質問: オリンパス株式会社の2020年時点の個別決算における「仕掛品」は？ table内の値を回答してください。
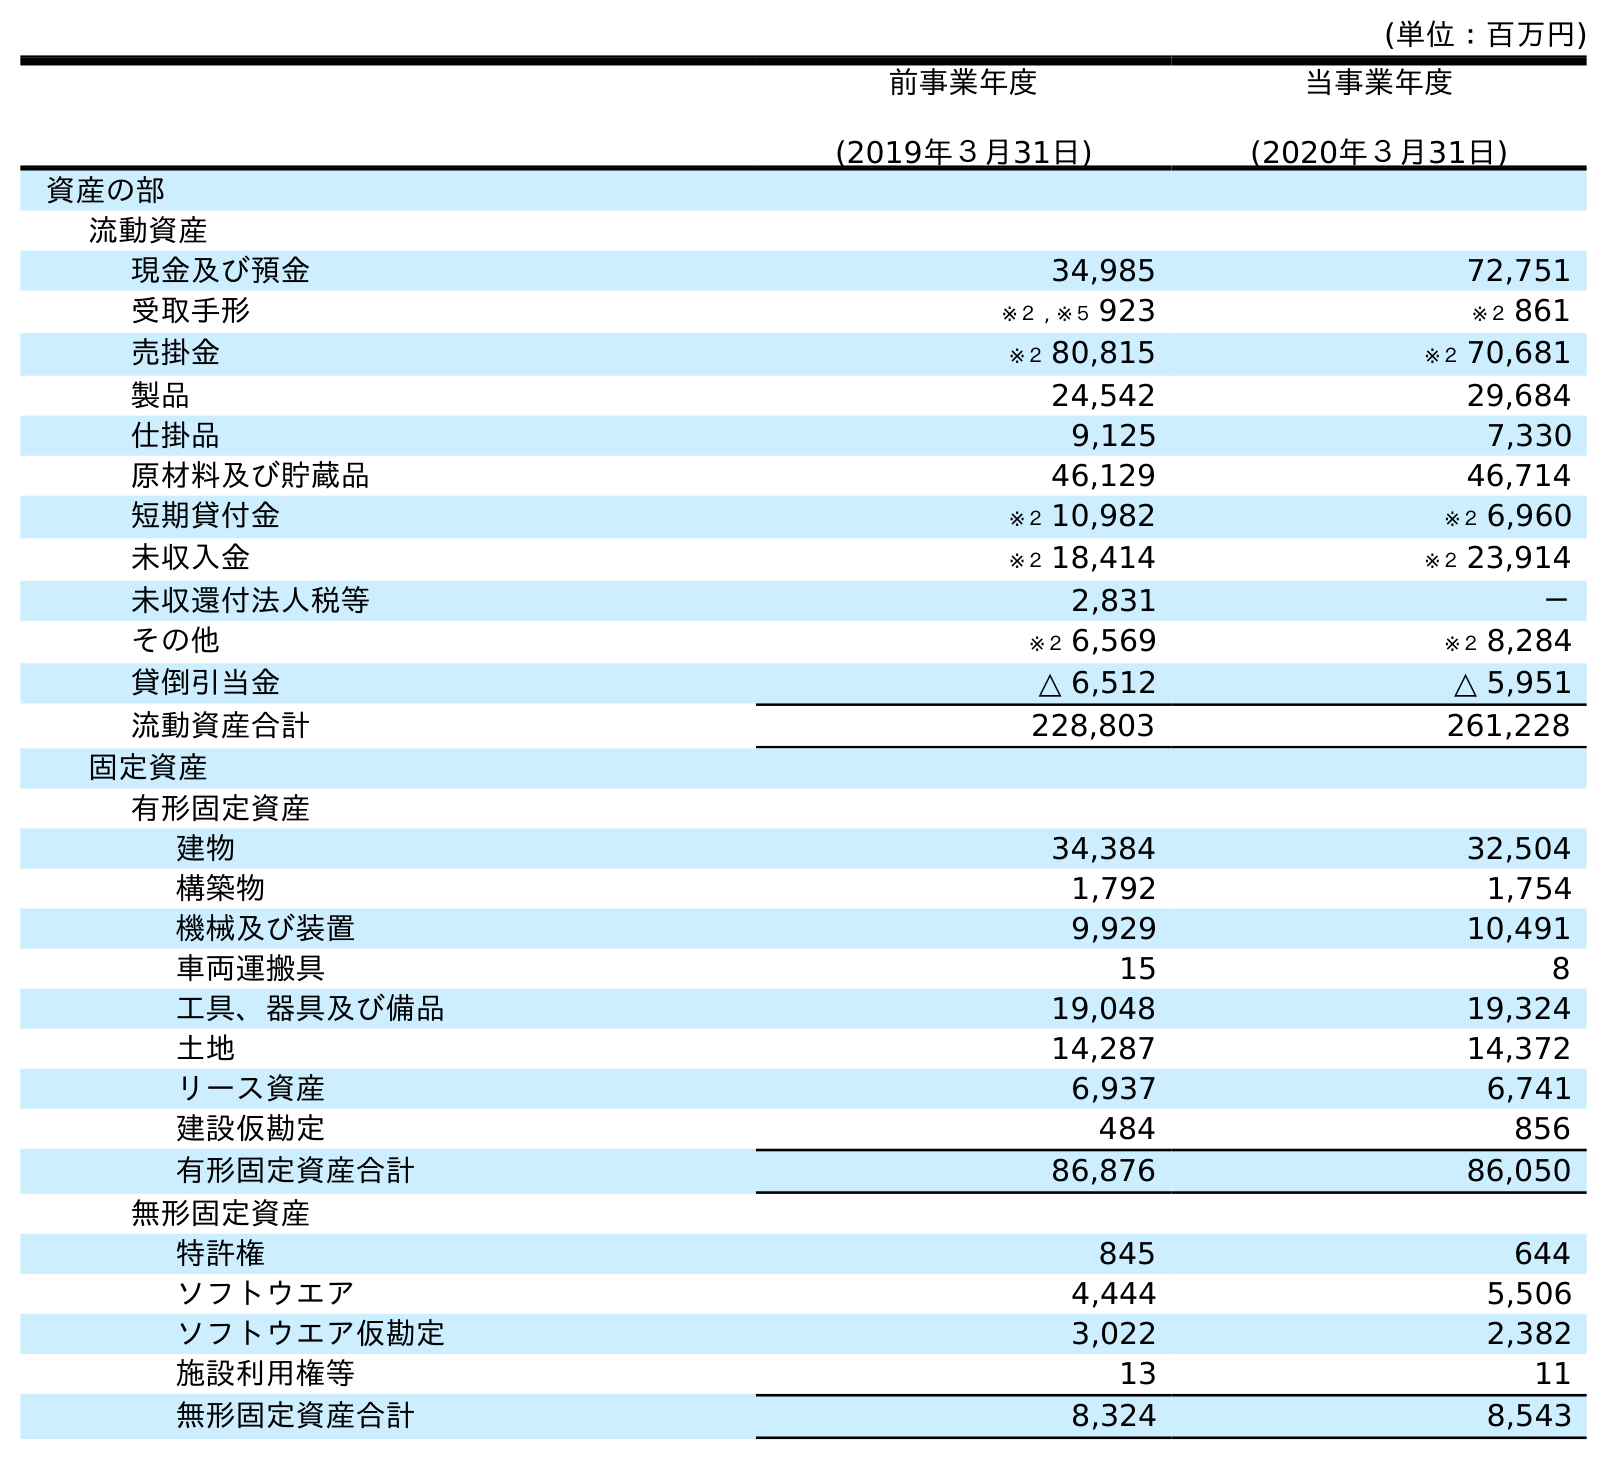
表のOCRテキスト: (単位：百万円) 前事業年度 (2019年３月31日) 当事業年度 (2020年３月31日) 資産の部 流動資産 現金及び預金 34,985 72,751 受取手形 ※２ , ※５ 923 ※２ 861 売掛金 ※２ 80,815 ※２ 70,681 製品 24,542 29,684 仕掛品 9,125 7,330 原材料及び貯蔵品 46,129 46,714 短期貸付金 ※２ 10,982 ※２ 6,960 未収入金 ※２ 18,414 ※２ 23,914 未収還付法人税等 2,831 － その他 ※２ 6,569 ※２ 8,284 貸倒引当金 △ 6,512 △ 5,951 流動資産合計 228,803 261,228 固定資産 有形固定資産 建物 34,384 32,504 構築物 1,792 1,754 機械及び装置 9,929 10,491 車両運搬具 15 8 工具、器具及び備品 19,048 19,324 土地 14,287 14,372 リース資産 6,937 6,741 建設仮勘定 484 856 有形固定資産合計 86,876 86,050 無形固定資産 特許権 845 644 ソフトウエア 4,444 5,506 ソフトウエア仮勘定 3,022 2,382 施設利用権等 13 11 無形固定資産合計 8,324 8,543
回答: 7,330